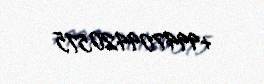
+994709420575